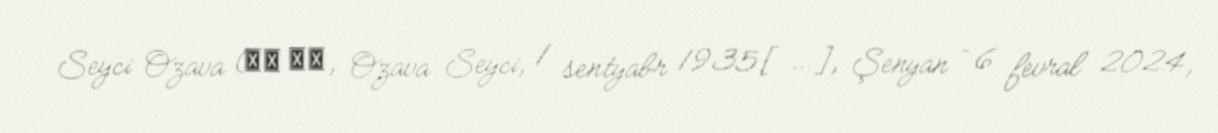
Seyci Ozava (小澤 征爾, Ozava Seyci, 1 sentyabr 1935[…], Şenyan – 6 fevral 2024,